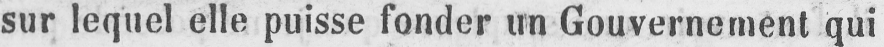
sur lequel elle puisse fonder un Gouvernement qui